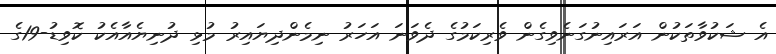
އެ ޝަކުވާތަކުން އަރައިނުގަނެވިގެން ވެރިކަމުގެ ދެވަނަ އަހަރު ނިމެންދިޔައިރު މުޅި ދުނިޔެއާއެކު ކޮވިޑު-19ގެ